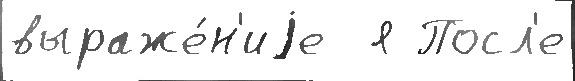
выраже́н'иjе  я Посл'е